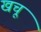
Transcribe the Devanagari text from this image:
खचू